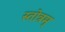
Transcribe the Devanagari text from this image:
स्तोत्रम्